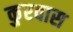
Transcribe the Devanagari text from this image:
कुरवास